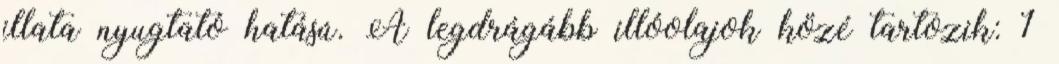
illata nyugtató hatású. A legdrágább illóolajok közé tartozik: 1